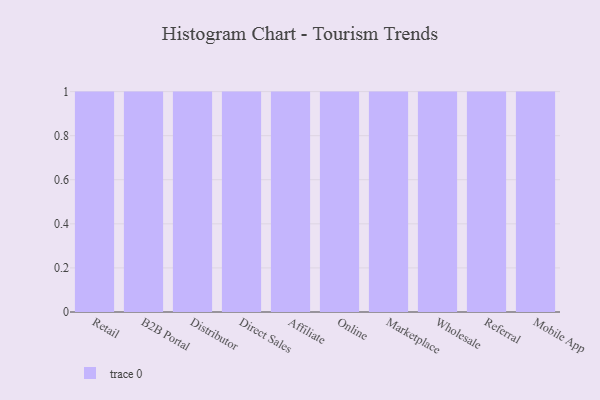
{"axis": {"x": "Channel", "y": "Energy Usage (MWh)"}, "legend": [""], "data": [{"x": "Retail", "y": 68, "type": ""}, {"x": "B2B Portal", "y": 11, "type": ""}, {"x": "Distributor", "y": 79, "type": ""}, {"x": "Direct Sales", "y": 80, "type": ""}, {"x": "Affiliate", "y": 69, "type": ""}, {"x": "Online", "y": 12, "type": ""}, {"x": "Marketplace", "y": 61, "type": ""}, {"x": "Wholesale", "y": 30, "type": ""}, {"x": "Referral", "y": 27, "type": ""}, {"x": "Mobile App", "y": 78, "type": ""}]}